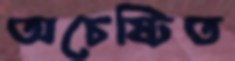
অচেষ্টিত